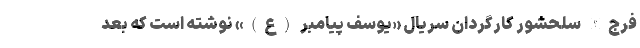
فرج‌الله سلحشور کارگردان سریال «یوسف پیامبر (ع)» نوشته است که بعد